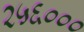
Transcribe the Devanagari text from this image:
२५६०००